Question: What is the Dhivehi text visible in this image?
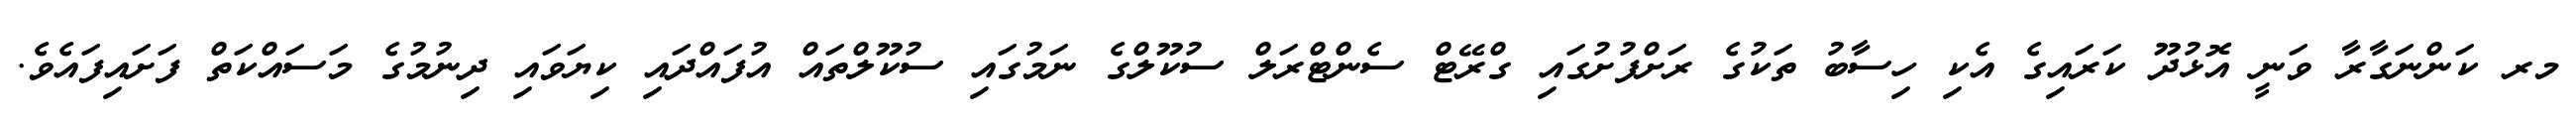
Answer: މރ ކަންނަގާރާ ވަނީ އޮޅުދޫ ކަރައިގެ އެކި ހިސާބު ތަކުގެ ރަށްފުށުގައި ގްރޭޓް ސެންޓްރަލް ސުކޫލްގެ ނަމުގައި ސުކޫލްތައް އުފައްދައި ކިޔަވައި ދިނުމުގެ މަސައްކަތް ފަށައިފައެވެ.